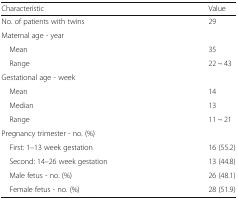
<table><thead><tr><td><b>Characteristic</b></td><td><b>Value</b></td></tr></thead><tbody><tr><td>No. of patients with twins</td><td>29</td></tr><tr><td colspan="2">Maternal age - year</td></tr><tr><td> Mean</td><td>35</td></tr><tr><td> Range</td><td>22 ~ 43</td></tr><tr><td colspan="2">Gestational age - week</td></tr><tr><td> Mean</td><td>14</td></tr><tr><td> Median</td><td>13</td></tr><tr><td> Range</td><td>11 ~ 21</td></tr><tr><td colspan="2">Pregnancy trimester - no. (%)</td></tr><tr><td> First: 1–13 week gestation</td><td>16 (55.2)</td></tr><tr><td> Second: 14–26 week gestation</td><td>13 (44.8)</td></tr><tr><td> Male fetus - no. (%)</td><td>26 (48.1)</td></tr><tr><td> Female fetus - no. (%)</td><td>28 (51.9)</td></tr></tbody></table>